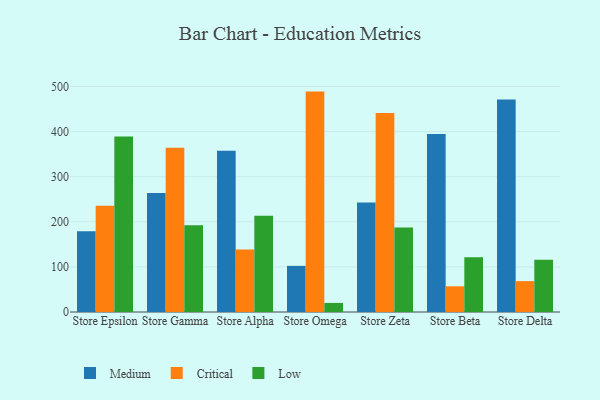
{"axis": {"x": "Store", "y": "Net Income (USD K)"}, "legend": ["Critical", "Low", "Medium"], "data": [{"x": "Store Epsilon", "y": 179.3, "type": "Medium"}, {"x": "Store Epsilon", "y": 235.8, "type": "Critical"}, {"x": "Store Epsilon", "y": 389.4, "type": "Low"}, {"x": "Store Gamma", "y": 264.1, "type": "Medium"}, {"x": "Store Gamma", "y": 364.4, "type": "Critical"}, {"x": "Store Gamma", "y": 192.5, "type": "Low"}, {"x": "Store Alpha", "y": 357.6, "type": "Medium"}, {"x": "Store Alpha", "y": 138.8, "type": "Critical"}, {"x": "Store Alpha", "y": 213.5, "type": "Low"}, {"x": "Store Omega", "y": 102.3, "type": "Medium"}, {"x": "Store Omega", "y": 488.8, "type": "Critical"}, {"x": "Store Omega", "y": 20.1, "type": "Low"}, {"x": "Store Zeta", "y": 243.0, "type": "Medium"}, {"x": "Store Zeta", "y": 441.3, "type": "Critical"}, {"x": "Store Zeta", "y": 187.5, "type": "Low"}, {"x": "Store Beta", "y": 394.5, "type": "Medium"}, {"x": "Store Beta", "y": 57.0, "type": "Critical"}, {"x": "Store Beta", "y": 121.2, "type": "Low"}, {"x": "Store Delta", "y": 471.4, "type": "Medium"}, {"x": "Store Delta", "y": 68.5, "type": "Critical"}, {"x": "Store Delta", "y": 116.0, "type": "Low"}]}